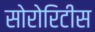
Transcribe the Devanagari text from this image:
सोरोरिटीस